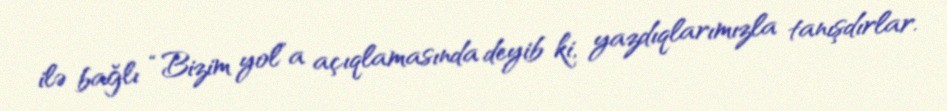
ilə bağlı “Bizim yol”a açıqlamasında deyib ki, yazdıqlarımızla tanışdırlar.